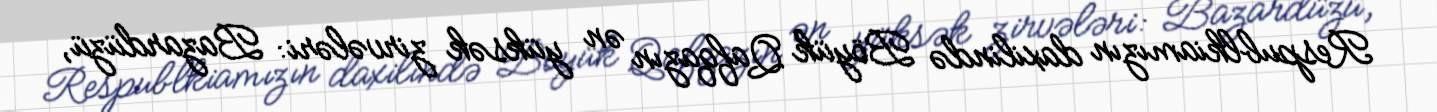
Respublkiamızın daxilində Böyük Qafqazın ən yüksək zirvələri: Bazardüzü,